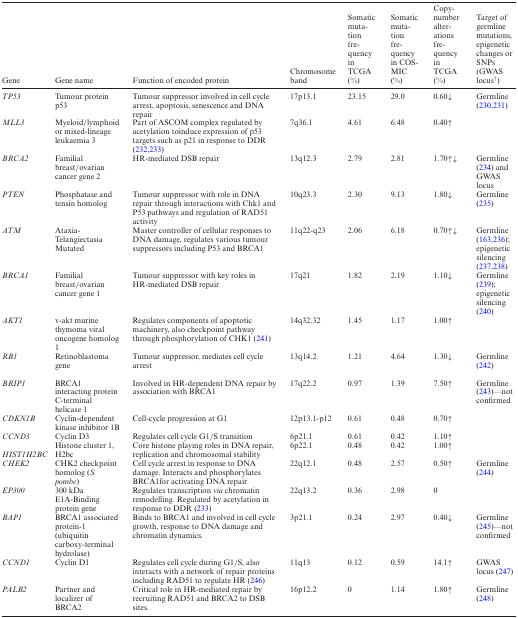
<table><thead><tr><td><b>Gene</b></td><td><b>Gene name</b></td><td><b>Function of encoded protein</b></td><td><b>Chromosome band</b></td><td><b>Somatic mutation frequency in TCGA (%)</b></td><td><b>Somatic mutation frequency in COSMIC (%)</b></td><td><b>Copy-number alterations frequency in TCGA (%)</b></td><td><b>Target of germline mutations, epigenetic changes or SNPs (GWAS locus<sup>†</sup>)</b></td></tr></thead><tbody><tr><td><i>TP53</i></td><td>Tumour protein p53</td><td>Tumour suppressor involved in cell cycle arrest, apoptosis, senescence and DNA repair</td><td>17p13.1</td><td>23.15</td><td>29.0</td><td>0.60↓</td><td>Germline (230,231)</td></tr><tr><td><i>MLL3</i></td><td>Myeloid/lymphoid or mixed-lineage leukaemia 3</td><td>Part of ASCOM complex regulated by acetylation toinduce expression of p53 targets such as p21 in response to DDR (232,233)</td><td>7q36.1</td><td>4.61</td><td>6.48</td><td>0.40↑</td><td></td></tr><tr><td><i>BRCA2</i></td><td>Familial breast/ovarian cancer gene 2</td><td>HR-mediated DSB repair</td><td>13q12.3</td><td>2.79</td><td>2.81</td><td>1.70↑↓</td><td>Germline (234) and GWAS locus</td></tr><tr><td><i>PTEN</i></td><td>Phosphatase and tensin homolog</td><td>Tumour suppressor with role in DNA repair through interactions with Chk1 and P53 pathways and regulation of RAD51 activity</td><td>10q23.3</td><td>2.30</td><td>9.13</td><td>1.80↓</td><td>Germline (235)</td></tr><tr><td><i>ATM</i></td><td>Ataxia-Telangiectasia Mutated</td><td>Master controller of cellular responses to DNA damage, regulates various tumour suppressors including P53 and BRCA1</td><td>11q22-q23</td><td>2.06</td><td>6.18</td><td>0.70↑↓</td><td>Germline (163,236); epigenetic silencing (237,238)</td></tr><tr><td><i>BRCA1</i></td><td>Familial breast/ovarian cancer gene 1</td><td>Tumour suppressor with key roles in HR-mediated DSB repair</td><td>17q21</td><td>1.82</td><td>2.19</td><td>1.10↓</td><td>Germline (239); epigenetic silencing (240)</td></tr><tr><td><i>AKT1</i></td><td>v-akt murine thymoma viral oncogene homolog 1</td><td>Regulates components of apoptotic machinery, also checkpoint pathway through phosphorylation of CHK1 (241)</td><td>14q32.32</td><td>1.45</td><td>1.17</td><td>1.00↑</td><td></td></tr><tr><td><i>RB1</i></td><td>Retinoblastoma gene</td><td>Tumour suppressor, mediates cell cycle arrest</td><td>13q14.2</td><td>1.21</td><td>4.64</td><td>1.30↓</td><td>Germline (242)</td></tr><tr><td><i>BRIP1</i></td><td>BRCA1 interacting protein C-terminal helicase 1</td><td>Involved in HR-dependent DNA repair by association with BRCA1</td><td>17q22.2</td><td>0.97</td><td>1.39</td><td>7.50↑</td><td>Germline (243)—not confirmed</td></tr><tr><td><i>CDKN1B</i></td><td>Cyclin-dependent kinase inhibitor 1B</td><td>Cell-cycle progression at G1</td><td>12p13.1-p12</td><td>0.61</td><td>0.48</td><td>0.70↑</td><td></td></tr><tr><td><i>CCND3</i></td><td>Cyclin D3</td><td>Regulates cell cycle G1/S transition</td><td>6p21.1</td><td>0.61</td><td>0.42</td><td>1.10↑</td><td></td></tr><tr><td><i>HIST1H2BC</i></td><td>Histone cluster 1, H2bc</td><td>Core histone playing roles in DNA repair, replication and chromosomal stability</td><td>6p22.1</td><td>0.48</td><td>0.42</td><td>1.00↑</td><td></td></tr><tr><td><i>CHEK2</i></td><td>CHK2 checkpoint homolog (<i>S. pombe</i>)</td><td>Cell cycle arrest in response to DNA damage. Interacts and phosphorylates BRCA1for activating DNA repair</td><td>22q12.1</td><td>0.48</td><td>2.57</td><td>0.50↑</td><td>Germline (244)</td></tr><tr><td><i>EP300</i></td><td>300 kDa E1A-Binding protein gene</td><td>Regulates transcription <i>via</i> chromatin remodelling. Regulated by acetylation in response to DDR (233)</td><td>22q13.2</td><td>0.36</td><td>2.98</td><td>0</td><td></td></tr><tr><td><i>BAP1</i></td><td>BRCA1 associated protein-1 (ubiquitin carboxy-terminal hydrolase)</td><td>Binds to BRCA1 and involved in cell cycle growth, response to DNA damage and chromatin dynamics.</td><td>3p21.1</td><td>0.24</td><td>2.97</td><td>0.40↓</td><td>Germline (245)—not confirmed</td></tr><tr><td><i>CCND1</i></td><td>Cyclin D1</td><td>Regulates cell cycle during G1/S, also interacts with a network of repair proteins including RAD51 to regulate HR (246)</td><td>11q13</td><td>0.12</td><td>0.59</td><td>14.1↑</td><td>GWAS locus (247)</td></tr><tr><td><i>PALB2</i></td><td>Partner and localizer of BRCA2</td><td>Critical role in HR-mediated repair by recruiting RAD51 and BRCA2 to DSB sites.</td><td>16p12.2</td><td>0</td><td>1.14</td><td>1.80↑</td><td>Germline (248)</td></tr></tbody></table>